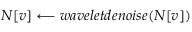
N [ v ] \longleftarrow w a v e l e t d e n o i s e ( N [ v ] )